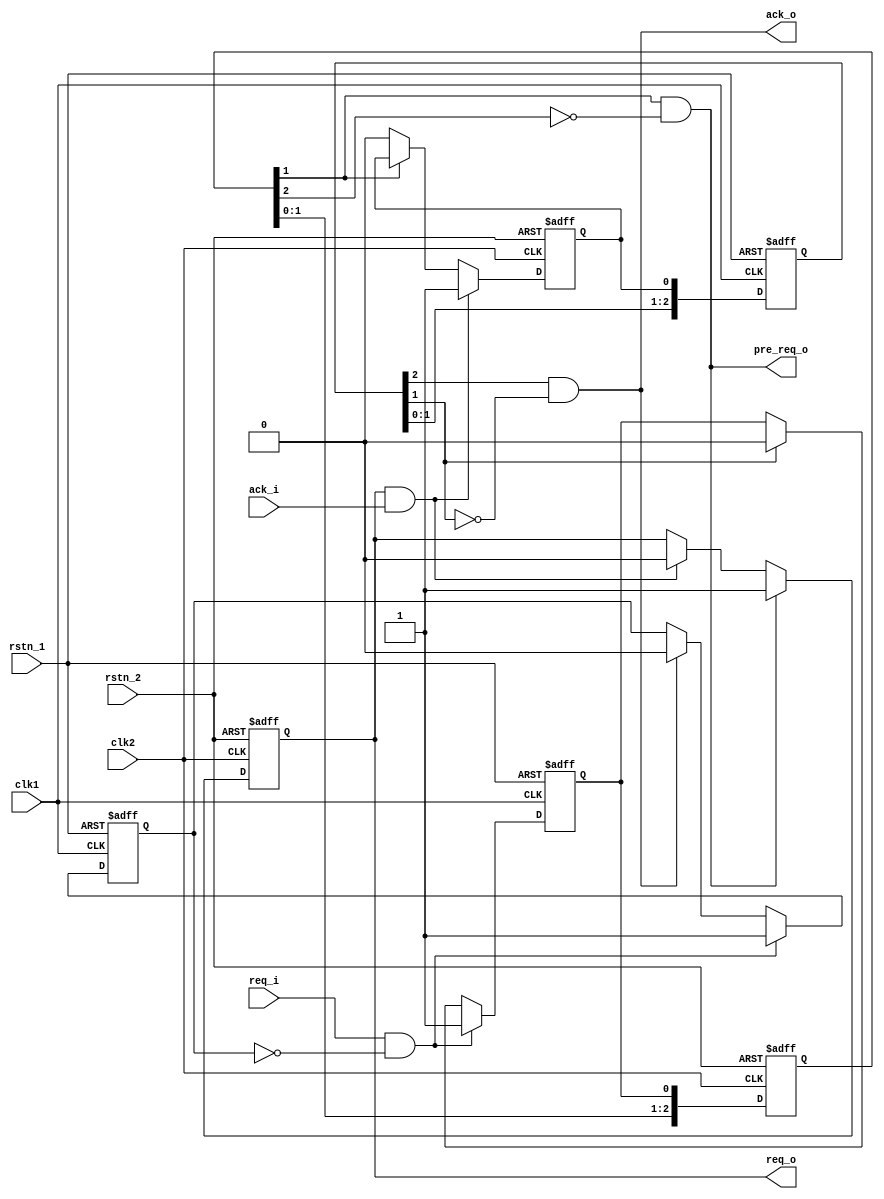
// cdc for req/ack handshake
//                ___________________________________
// req_i(clk1) __/                                ___\_____
// ack_o(clk1) __________________________________/   \_____
//                                _______
// req_o(clk2) __________________/      _\_______________
// ack_i(clk2) ________________________/ \_______________
//                              _
// pre_req_o   ________________/ \_______________________
//
//

module req_ack_cdc
#(
	parameter ACK_WIDTH  = 3,
	parameter REQ_WIDTH  = 3
)
(
	input		clk1,
	input		rstn_1,
	input		req_i,
	output		ack_o,

	input		clk2,
	input		rstn_2,
	output	reg	req_o,
	input		ack_i,
	output		pre_req_o	// one cycle before req_o rising edge, can be used to latch something.

);

wire	rstn_1_dft = rstn_1;
wire	rstn_2_dft = rstn_2;


reg		req_i_d;
always@(posedge clk1, negedge rstn_1_dft)
begin
	if( ~rstn_1_dft )
		req_i_d <= 1'b0;
	else if( req_i & ~req_i_d )
		req_i_d <= 1'b1;
	else if( ack_o )
		req_i_d <= 1'b0;
end

wire	req_i_start = req_i & ~req_i_d;

reg		ack_i_cdc;

reg[ACK_WIDTH-1:0]		ack_o_cdc_d;
always@(posedge clk1, negedge rstn_1_dft)
begin
	if( ~rstn_1_dft )
		ack_o_cdc_d <={(ACK_WIDTH){1'b0}};
	else
		ack_o_cdc_d <= {ack_o_cdc_d[ACK_WIDTH-2:0],ack_i_cdc};
end

reg		req_i_cdc;
always@(posedge clk1, negedge rstn_1_dft)
begin
	if( ~rstn_1_dft )
		req_i_cdc <= 1'b0;
	else if( req_i_start )
		req_i_cdc <= 1'b1;
	else if( ack_o_cdc_d[ACK_WIDTH-2] )
		req_i_cdc <= 1'b0;
end

assign	ack_o = ack_o_cdc_d[ACK_WIDTH-1] && ~ack_o_cdc_d[ACK_WIDTH-2];

// =========================================================================
reg[REQ_WIDTH-1:0]  req_o_cdc_d;
always@(posedge clk2, negedge rstn_2_dft)
begin
	if( ~rstn_2_dft )
		req_o_cdc_d <= {(REQ_WIDTH){1'b0}};
	else
		req_o_cdc_d <= {req_o_cdc_d[REQ_WIDTH-2:0],req_i_cdc};
end

wire	req_o_start = req_o_cdc_d[REQ_WIDTH-2] & ~req_o_cdc_d[REQ_WIDTH-1];
assign	pre_req_o = req_o_start;

always@(posedge clk2, negedge rstn_2_dft)
begin
	if( ~rstn_2_dft )
		req_o <= 1'b0;
	else if( req_o_start )
		req_o <= 1'b1;
	else if( req_o & ack_i )
		req_o <= 1'b0;
end


always@(posedge clk2, negedge rstn_2_dft)
begin
	if( ~rstn_2_dft )
		ack_i_cdc <= 1'b0;
	else if( req_o & ack_i )
		ack_i_cdc <= 1'b1;
	else if( ~req_o_cdc_d[REQ_WIDTH-2] )
		ack_i_cdc <= 1'b0;
end


endmodule